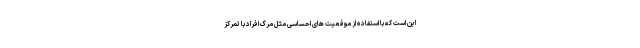
این است که با استفاده از موقعیت های احساسی مثل مرگ افراد با تمرکز